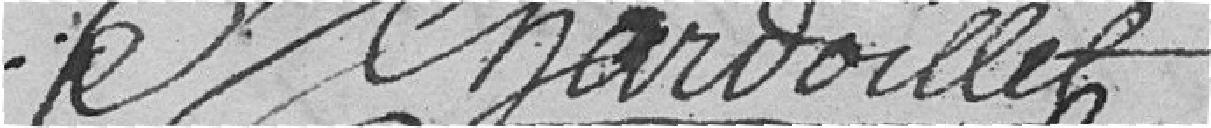
Chardoillet